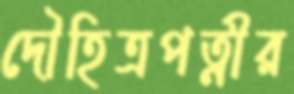
দৌহিত্রপত্নীর